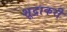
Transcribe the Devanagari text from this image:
शूद्राकरी